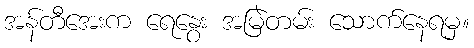
အန်တီအေးက ရေနွေး အမြဲတမ်း သောက်နေရမှ။